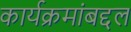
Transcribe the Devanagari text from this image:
कार्यक्रमांबद्दल